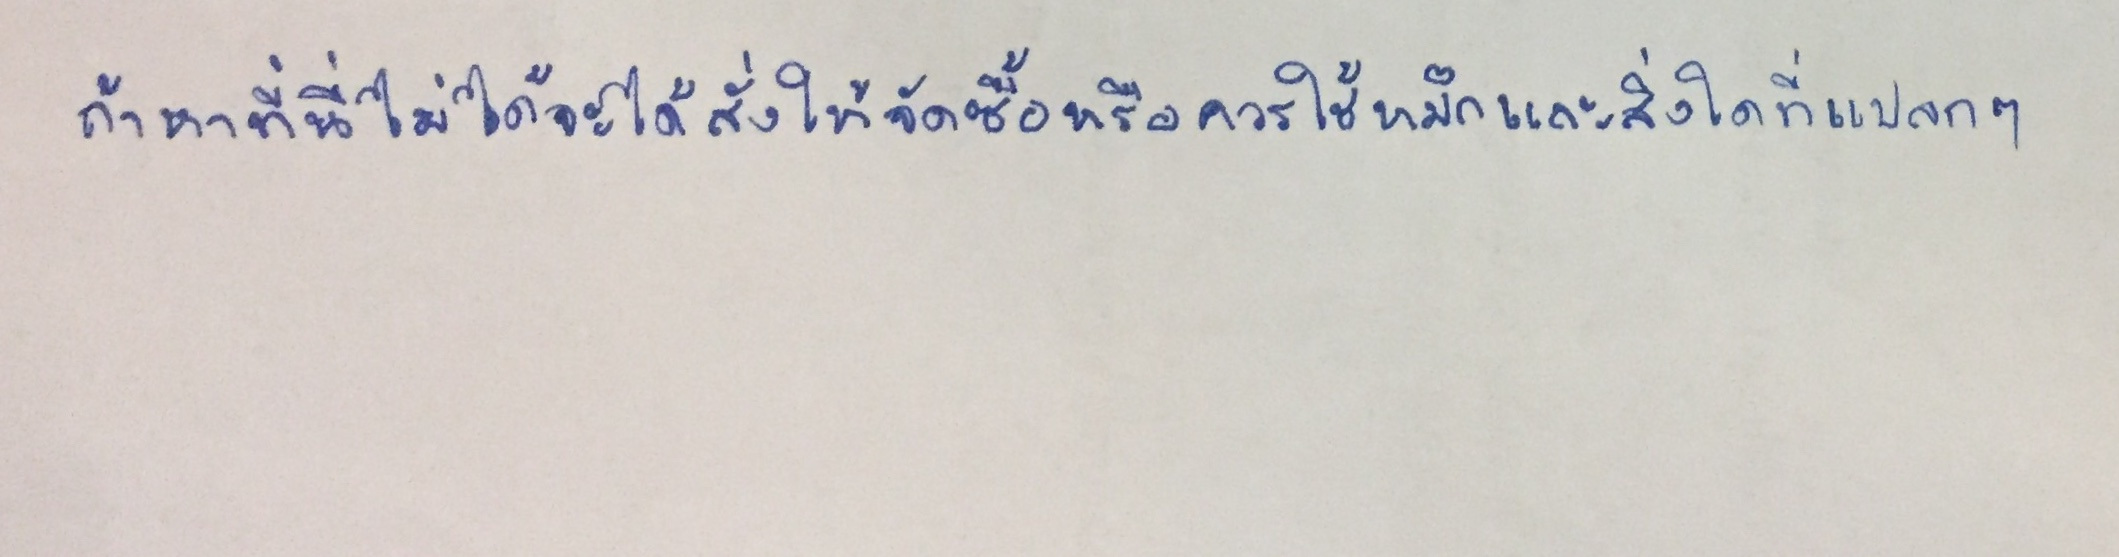
ถ้าหาที่นี่ไม่ได้จะได้สั่งให้จัดซื้อหรือควรใช้หมึกและสิ่งใดที่แปลกๆ